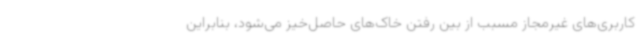
کاربری‌های غیرمجاز مسبب از بین رفتن خاک‌های حاصل‌خیز می‌شود، بنابراین